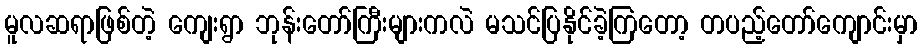
မူလဆရာဖြစ်တဲ့ ကျေးရွာ ဘုန်းတော်ကြီးများကလဲ မသင်ပြနိုင်ခဲ့ကြတော့ တပည့်တော်ကျောင်းမှာ